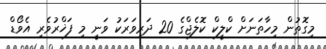
މިގޮތުން މިހާތަނަށް ކްލީކް ކޮލެޖްގެ 20 ދަރިވަރަކު ވަނީ މި ފަޚްރުވެރި އެވޯޑް